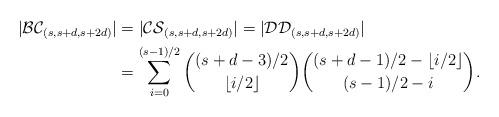
LaTeX: \begin{align*}|\mathcal{BC}_{(s,s+d,s+2d)}|&=|\mathcal{CS}_{(s,s+d,s+2d)}|=|\mathcal{DD}_{(s,s+d,s+2d)}|\\&=\sum_{i=0}^{(s-1)/2}\binom{(s+d-3)/2}{\lfloor i/2 \rfloor}\binom{(s+d-1)/2-\lfloor i/2 \rfloor}{(s-1)/2-i}.\end{align*}